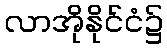
လာအိုနိုင်ငံ၌